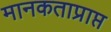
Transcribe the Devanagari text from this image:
मानकताप्राप्त